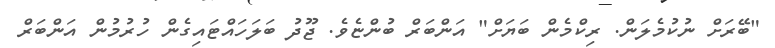
"ބޭރަށް ނުކުމެލަން. ރިކްމެން ބަޔަށް" އަންބަރް ބުންޏެވެ. ޖޫދު ބަލަހައްޓައިގެން ހުރުމުން އަންބަރް